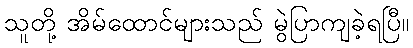
သူတို့ အိမ်ထောင်များသည် မွဲပြာကျခဲ့ရပြီ။